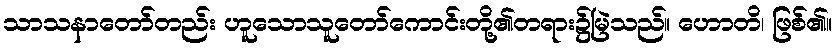
သာသနာတော်တည်း ဟူသောသူတော်ကောင်းတို့၏တရား၌မြဲသည်။ ဟောတိ၊ ဖြစ်၏။